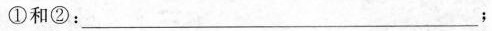
①和②：___；